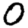
Digit: 0